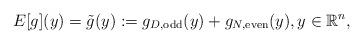
LaTeX: \begin{align*}E[g](y) = \tilde{g}(y) := g_{D,\mathrm{odd}}(y) + g_{N,\mathrm{even}}(y),y\in \mathbb R^n,\end{align*}